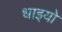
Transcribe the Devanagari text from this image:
धाइयो